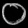
Digit: ၀